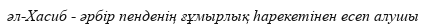
әл-Хасиб - әрбір пенденің ғұмырлық һарекетінен есеп алушы